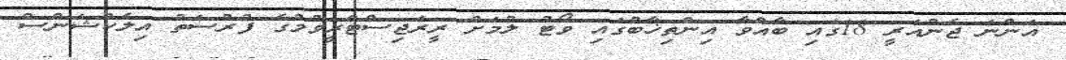
އަންނަ ޖެނުއަރީ 18ގައި ބާއްވާ އިންތިޚާބުގައި ވޯޓު ލުމަށް ރީރަޖިސްޓްރީވުމުގެ ފުރުސަތު އިލެކްޝަންސް